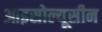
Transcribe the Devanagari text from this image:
आइसोल्यूसीन